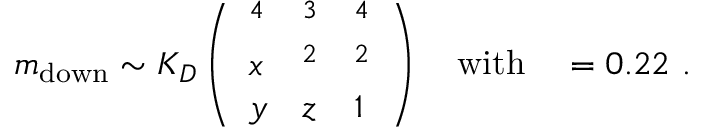
m _ { \mathrm { d o w n } } \sim K _ { D } \left( \begin{array} { l l l } { { \l ^ { 4 } } } & { { \l ^ { 3 } } } & { { \l ^ { 4 } } } \\ { { x } } & { { \l ^ { 2 } } } & { { \l ^ { 2 } } } \\ { { y } } & { { z } } & { { 1 } } \end{array} \right) \quad \mathrm { w i t h } \quad \l = 0 . 2 2 \ .